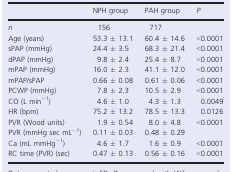
<table><thead><tr><td></td><td><b>NPH group</b></td><td><b>PAH group</b></td><td><b><i>P</i></b></td></tr></thead><tbody><tr><td><i>n</i></td><td>156</td><td>717</td><td></td></tr><tr><td>Age (years)</td><td>53.3 ± 13.1</td><td>60.4 ± 14.6</td><td>&lt;0.0001</td></tr><tr><td>sPAP (mmHg)</td><td>24.4 ± 3.5</td><td>68.3 ± 21.4</td><td>&lt;0.0001</td></tr><tr><td>dPAP (mmHg)</td><td>9.8 ± 2.4</td><td>25.4 ± 8.7</td><td>&lt;0.0001</td></tr><tr><td>mPAP (mmHg)</td><td>16.0 ± 2.3</td><td>41.1 ± 12.0</td><td>&lt;0.0001</td></tr><tr><td>mPAP/sPAP</td><td>0.66 ± 0.08</td><td>0.61 ± 0.06</td><td>&lt;0.0001</td></tr><tr><td>PCWP (mmHg)</td><td>7.8 ± 2.3</td><td>10.5 ± 2.9</td><td>&lt;0.0001</td></tr><tr><td>CO (L min<sup>−1</sup>)</td><td>4.6 ± 1.0</td><td>4.3 ± 1.3</td><td>0.0049</td></tr><tr><td>HR (bpm)</td><td>75.2 ± 13.2</td><td>78.5 ± 13.3</td><td>0.0126</td></tr><tr><td>PVR (Wood units)</td><td>1.9 ± 0.54</td><td>8.0 ± 4.8</td><td>&lt;0.0001</td></tr><tr><td>PVR (mmHg sec mL<sup>−1</sup>)</td><td>0.11 ± 0.03</td><td>0.48 ± 0.29</td><td></td></tr><tr><td>Ca (mL mmHg<sup>−1</sup>)</td><td>4.6 ± 1.7</td><td>1.6 ± 0.9</td><td>&lt;0.0001</td></tr><tr><td>RC time (PVR) (sec)</td><td>0.47 ± 0.13</td><td>0.56 ± 0.16</td><td>&lt;0.0001</td></tr></tbody></table>